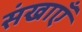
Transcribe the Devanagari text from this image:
संखाएँ